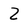
Character: Z